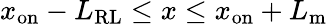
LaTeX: x_{\mathrm{on}}-L_{\mathrm{RL}}\leq x\leq x_{\mathrm{on}}+L_{\mathrm{m}}